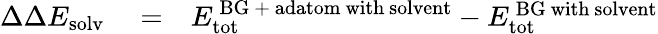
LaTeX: \begin{array}{rlr}{\Delta\Delta E_{\mathrm{solv}}}&{{}=}&{E_{\mathrm{tot}}^{\mathrm{\, BG\ +\ adatom\ with\ solvent}}-E_{\mathrm{tot}}^{\mathrm{\, BG\ with\ solvent}}}\end{array}